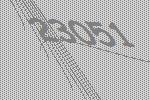
23051